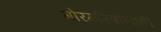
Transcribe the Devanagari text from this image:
गोरगरिबांनाही